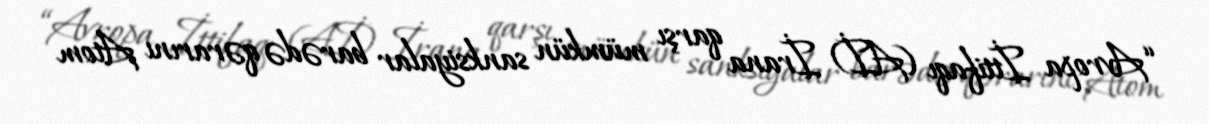
“Avropa İttifaqı (Aİ) İrana qarşı mümkün sanksiyalar barədə qərarını Atom